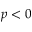
p < 0